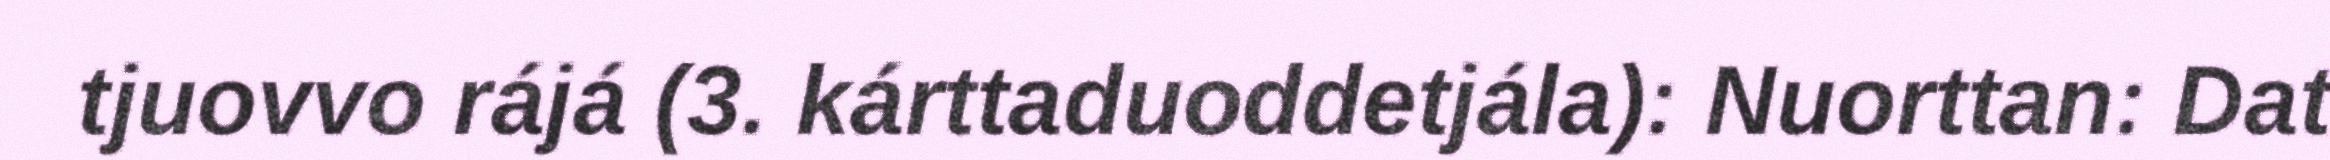
tjuovvo rájá (3. kárttaduoddetjála): Nuorttan: Dat